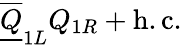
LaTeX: {\overline{{{\underline{{{Q}}}}}}}_{1L}{Q}_{1R}+\mathrm{h.c.}